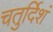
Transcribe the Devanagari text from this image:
चतुर्दिशं